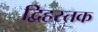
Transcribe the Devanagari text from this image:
द्विहस्तक